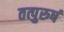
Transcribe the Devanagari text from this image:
तत्पुरुषं